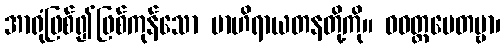
အာရုံဖြစ်၍ဖြစ်ကုန်သော ဗာဟိရာယတနတို့ကို။ ဝဝတ္ထပေတဗ္ဗာ၊